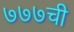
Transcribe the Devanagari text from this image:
७७७ची